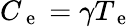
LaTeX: C_{\mathrm{~e~}}=\gamma T_{\mathrm{~e~}}